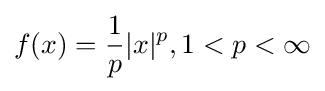
f(x)={\frac {1}{p}}|x|^{p},1<p<\infty